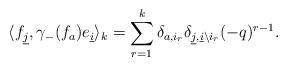
LaTeX: \begin{align*}\langle f_{\underline{j}},\gamma_{-}(f_{a})e_{\underline{i}}\rangle_{k}=\sum_{r=1}^{k}\delta_{a,i_{r}}\delta_{\underline{j},\underline{i}\backslash i_{r}}(-q)^{r-1}.\end{align*}